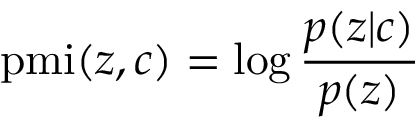
\mathrm { p m i } ( z , c ) = \log \frac { p ( z | c ) } { p ( z ) }